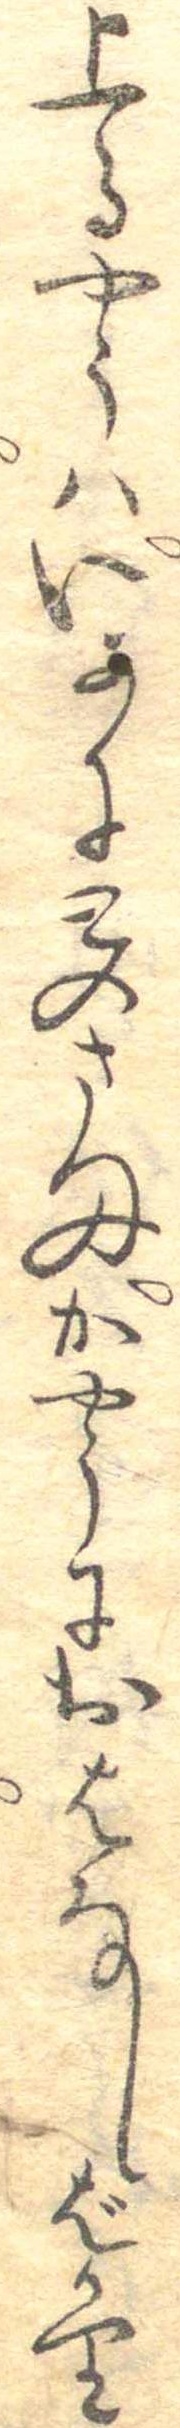
上るやうはいかにとのさまかやうにおはなしばかり